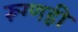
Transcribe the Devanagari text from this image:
रूग्णही